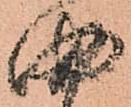
曲